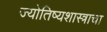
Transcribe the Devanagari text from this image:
ज्योतिष्यशास्त्राचा